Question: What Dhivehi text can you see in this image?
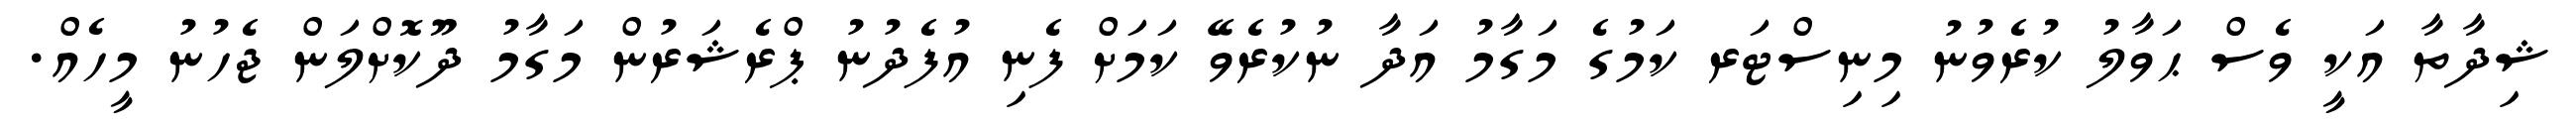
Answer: ޝިދާތާ އަކީ ވެސް ޙަވާލު ކުރެވުނު މިނިސްޓަރ ކަމުގެ މަގާމު އަދާ ނުކުރެވޭ ކަމަށް ފެނި އުފެދުނު ޕްރެޝަރުން މަގާމު ދޫކޮށްލަން ޖެހުނު މީހެއް.